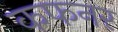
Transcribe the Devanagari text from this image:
कफनर